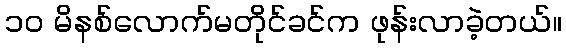
၁၀ မိနစ်လောက်မတိုင်ခင်က ဖုန်းလာခဲ့တယ်။